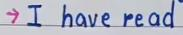
-> I have read